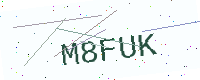
Text: M8FUK